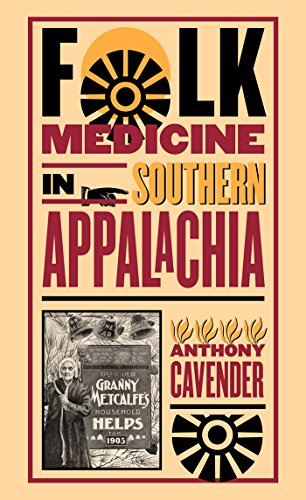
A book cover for Folk Medicine in Southern Appalachia; Anthony Cavender; Literature & Fiction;